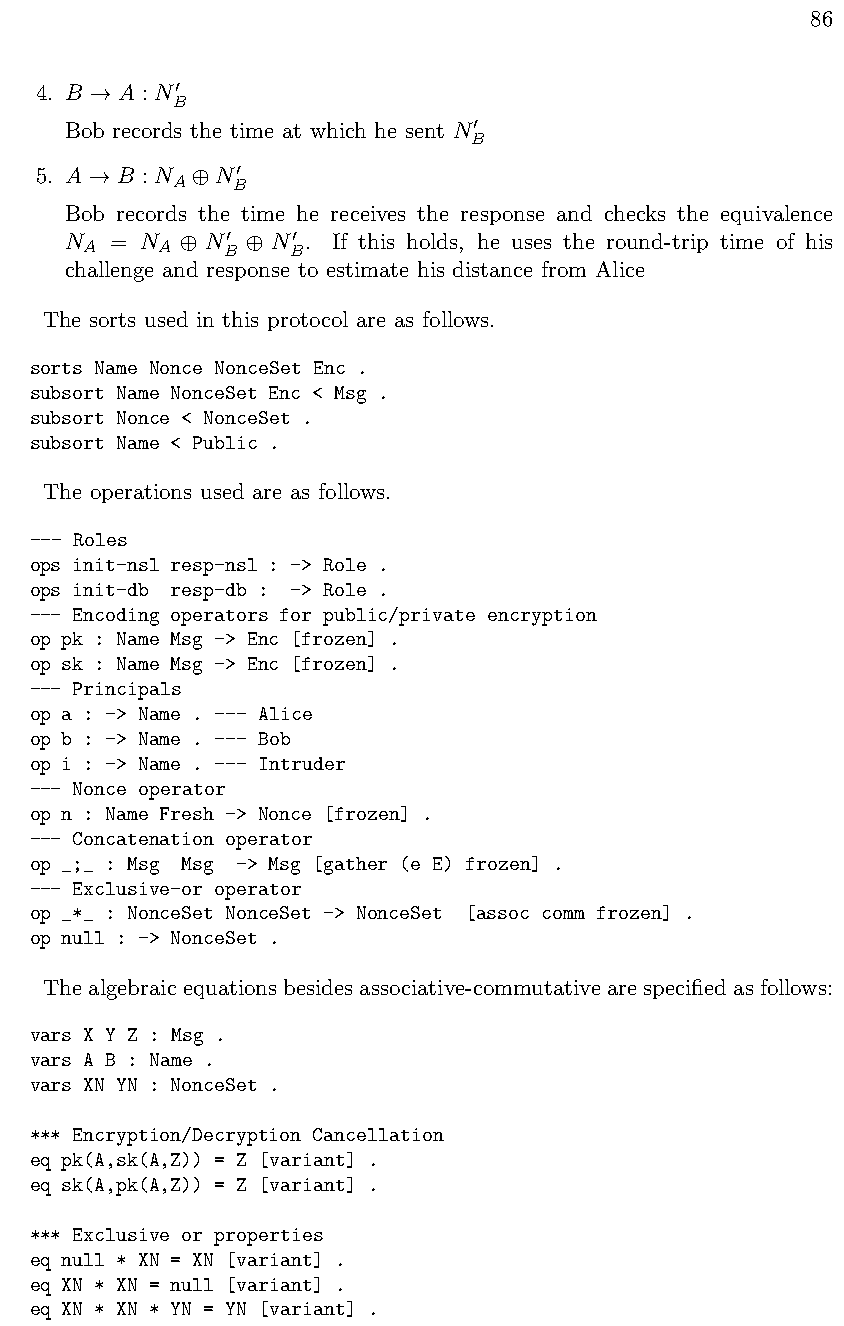
86
 4. B  A : N
 !
 B0
 Bob records the time at which he sent N
 B0
 5. A  B : N N
 !
 A

 B0
 Bob records the time he receives the response and checks the equivalence
 N  = N   N    N . If this holds, he uses the round-trip time of his
 A    A

 B0

 B0
 challenge and response to estimate his distance from Alice
 The sorts used in this protocol are as follows.
 sorts Name Nonce NonceSet Enc .
 subsort Name NonceSet Enc < Msg .
 subsort Nonce < NonceSet .
 subsort Name < Public .
 The operations used are as follows.
 --- Roles
 ops init-nsl resp-nsl : -> Role .
 ops init-db resp-db : -> Role .
 --- Encoding operators for public/private encryption
 op pk : Name Msg -> Enc [frozen] .
 op sk : Name Msg -> Enc [frozen] .
 --- Principals
 op a : -> Name . --- Alice
 op b : -> Name . --- Bob
 op i : -> Name . --- Intruder
 --- Nonce operator
 op n : Name Fresh -> Nonce [frozen] .
 --- Concatenation operator
 op _;_ : Msg Msg -> Msg [gather (e E) frozen] .
 --- Exclusive-or operator
 op _*_ : NonceSet NonceSet -> NonceSet [assoc comm frozen] .
 op null : -> NonceSet .
 Thealgebraicequationsbesidesassociative-commutativearespecifiedasfollows:
 vars X Y Z : Msg .
 vars A B : Name .
 vars XN YN : NonceSet .
 *** Encryption/Decryption Cancellation
 eq pk(A,sk(A,Z)) = Z [variant] .
 eq sk(A,pk(A,Z)) = Z [variant] .
 *** Exclusive or properties
 eq null * XN = XN [variant] .
 eq XN * XN = null [variant] .
 eq XN * XN * YN = YN [variant] .